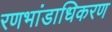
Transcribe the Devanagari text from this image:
रणभांडाधिकरण